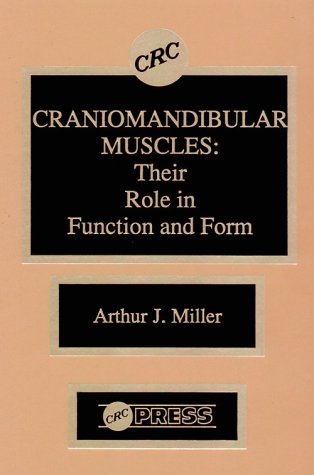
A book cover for Craniomandibular Muscles: Their Role in Function and Form; Arthur J. Miller; Medical Books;